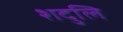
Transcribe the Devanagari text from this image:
शदुलि